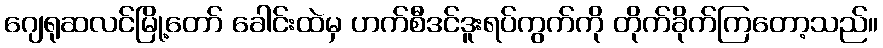
ဂျေရုဆလင်မြို့တော် ခေါင်းထဲမှ ဟက်စီဒင်ဒူးရပ်ကွက်ကို တိုက်ခိုက်ကြတော့သည်။